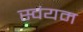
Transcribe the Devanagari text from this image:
स्‍वंयम